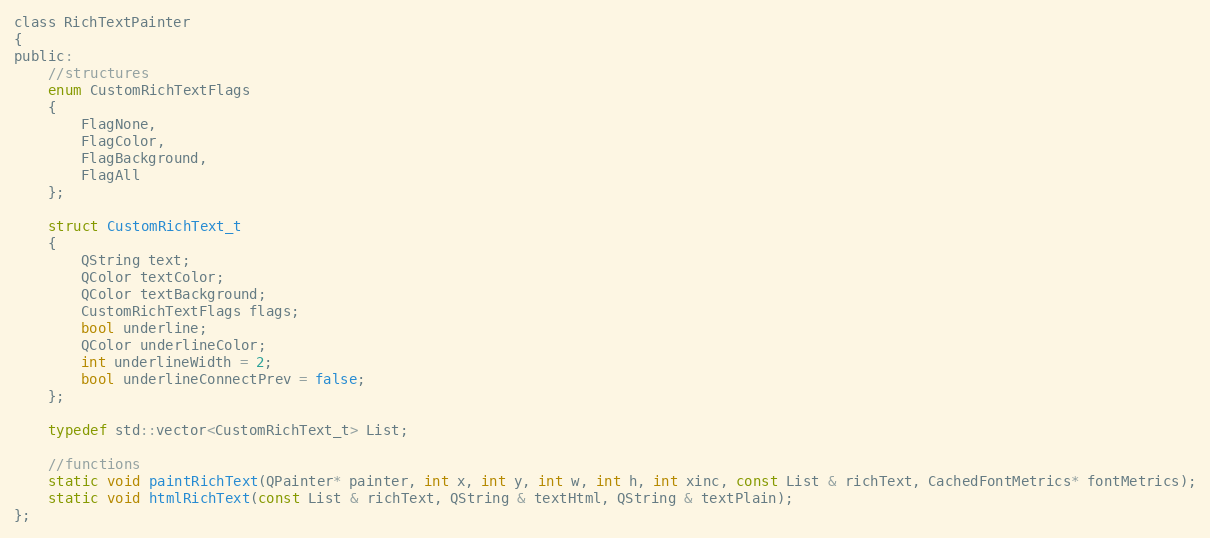
Language: C
class RichTextPainter
{
public:
    //structures
    enum CustomRichTextFlags
    {
        FlagNone,
        FlagColor,
        FlagBackground,
        FlagAll
    };

    struct CustomRichText_t
    {
        QString text;
        QColor textColor;
        QColor textBackground;
        CustomRichTextFlags flags;
        bool underline;
        QColor underlineColor;
        int underlineWidth = 2;
        bool underlineConnectPrev = false;
    };

    typedef std::vector<CustomRichText_t> List;

    //functions
    static void paintRichText(QPainter* painter, int x, int y, int w, int h, int xinc, const List & richText, CachedFontMetrics* fontMetrics);
    static void htmlRichText(const List & richText, QString & textHtml, QString & textPlain);
};